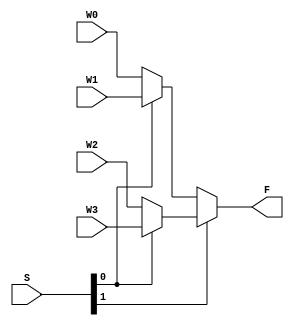
module mux4to1(W0, W1, W2, W3, S, F);
	input W0, W1, W2, W3;
	input [1:0] S;
	output F;
	
	assign SW1 = (S[0]) ? (W1) : (W0);
	assign SW2 = (S[0]) ? (W3) : (W2);
	
	assign F = (S[1]) ? (SW2) : (SW1);
endmodule